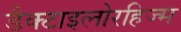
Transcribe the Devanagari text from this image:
डैक्टाइलोरहिज्म